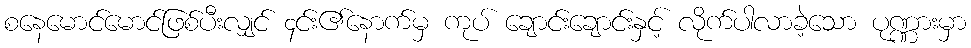
စနေမောင်မောင်ဖြစ်ပီးလျှင် ၄င်း၏နောက်မှ ကုပ် ချောင်းချောင်းနှင့် လိုက်ပါလာခဲ့သော ပုဏ္ဏားမှာ